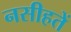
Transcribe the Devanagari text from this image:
नसीहतें